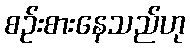
စဉ်းစားနေသည်ဟု